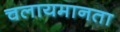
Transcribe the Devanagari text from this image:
चलायमानता